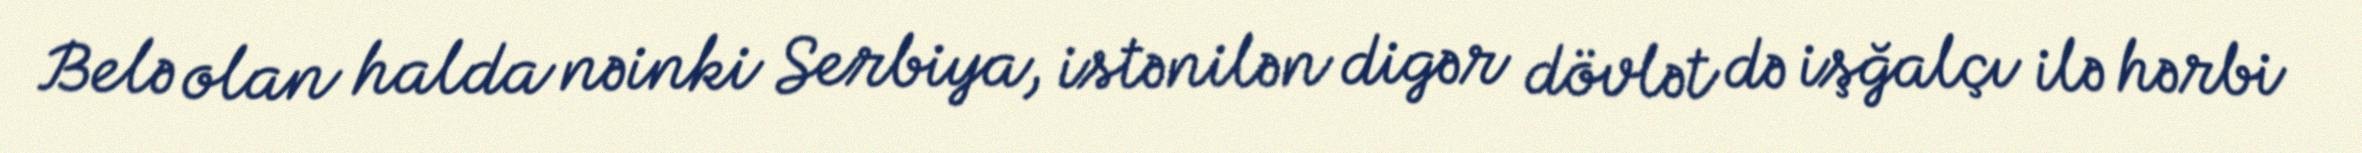
Belə olan halda nəinki Serbiya, istənilən digər dövlət də işğalçı ilə hərbi